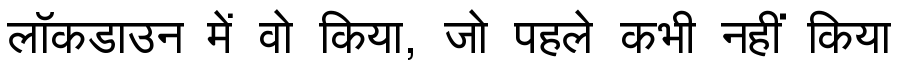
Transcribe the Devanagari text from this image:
लॉकडाउन में वो किया, जो पहले कभी नहीं किया